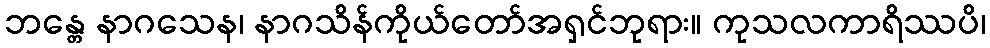
ဘန္တေ နာဂသေန၊ နာဂသိန်ကိုယ်တော်အရှင်ဘုရား။ ကုသလကာရိဿပိ၊